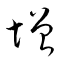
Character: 増